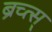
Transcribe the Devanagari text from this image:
ब्रच्त्स्